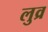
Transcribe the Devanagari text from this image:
लुव्र